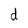
Character: d